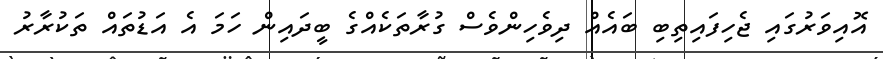
އޮއިވަރުގައި ޖެހިފައިތިބި ބައެއް ދިވެހިންވެސް ގުރާތަކެއްގެ ބީދައިން ހަމަ އެ އަޑުތައް ތަކުރާރު